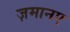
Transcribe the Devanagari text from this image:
ज़मानए